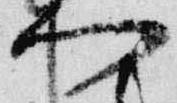
門